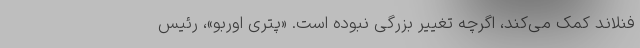
فنلاند کمک می‌کند، اگرچه تغییر بزرگی نبوده است. «پتری اوربو»، رئیس